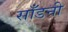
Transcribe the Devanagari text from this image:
साँडनी